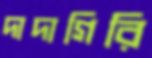
দাদাগিরি